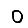
Digit: 0